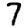
Digit: 7